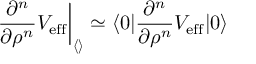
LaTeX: \left. { { \frac { \partial ^ { n } } { \partial \rho ^ { n } } } V _ { \mathrm { e f f } } } \right\vert _ { \langle { } \rangle } \simeq \langle 0 \vert { \frac { \partial ^ { n } } { \partial \rho ^ { n } } } V _ { \mathrm { e f f } } \vert 0 \rangle